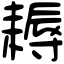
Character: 耨